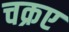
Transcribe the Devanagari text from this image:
चक्रए